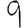
Digit: 9